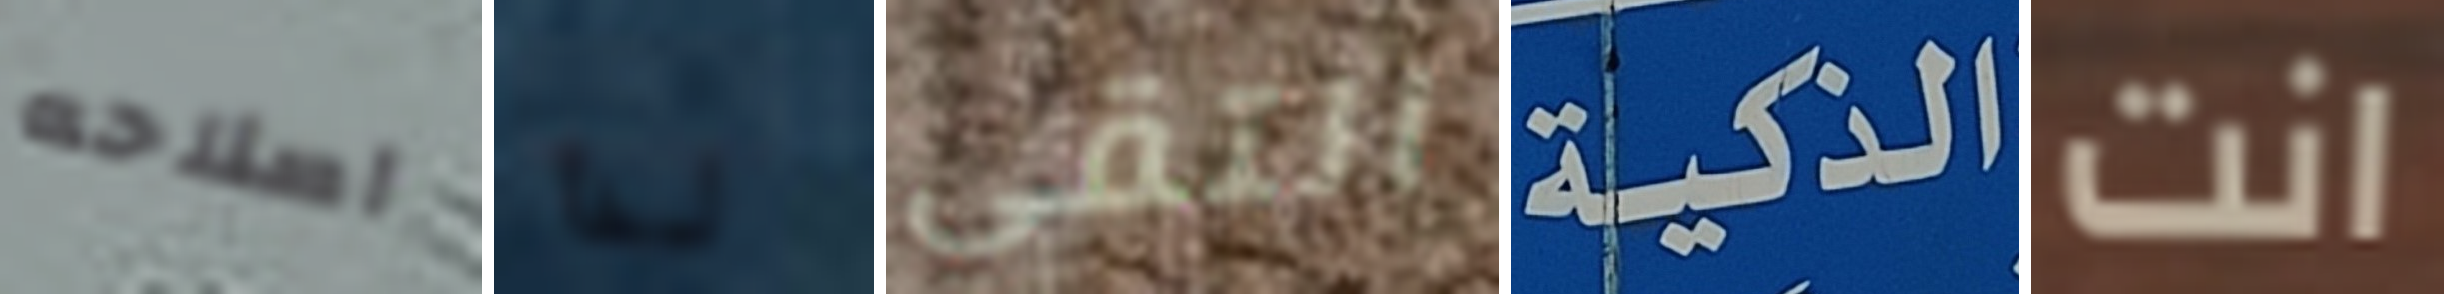
اصلاحه لذا التقي الذكية انت